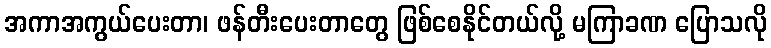
အကာအကွယ်ပေးတာ၊ ဖန်တီးပေးတာတွေ ဖြစ်စေနိုင်တယ်လို့ မကြာခဏ ပြောသလို